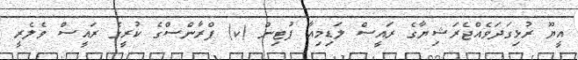
އީޔޫ ރުޅިގަދަވެއްޖެރަޝިޔާގެ ރައީސް ލަޑިމިއާ ޕުޓިން (ކ) ފްރާންސްގެ ކުރީގެ ރައީސް ވެލެރީ